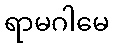
ရာမဂါမေ